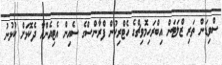
ސްވިޑަން ތަރި ޒްލަޓަން އިބްރަހިމޮވިޗްގެ ހެޓްރިކުން ފްރާންސްގެ ސެއިން އެޓިއެންއާ ދެކޮޅަށް ކުޅުނު